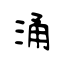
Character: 涌